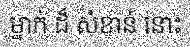
ម្នាក់ ដ៏ សំខាន់ នោះ